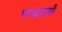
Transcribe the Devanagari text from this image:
पन्द्रहवाँ